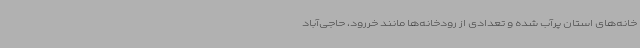
خانه‌های استان پرآب شده و تعدادی از رودخانه‌ها مانند خررود، حاجی‌آباد